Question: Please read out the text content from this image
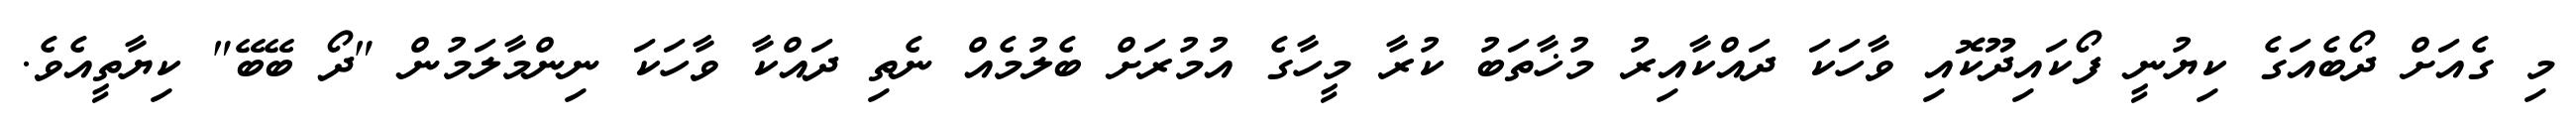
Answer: މި ގެއަށް ދޯބެއަގެ ކިޔުނީ ފޯކައިދޫކޮއި ވާހަކަ ދައްކާއިރު މުޚާތަބު ކުރާ މީހާގެ އުމުރަށް ބެލުމެއް ނެތި ދައްކާ ވާހަކަ ނިންމާލަމުން "ދޯ ބޭބޭ" ކިޔާތީއެވެ.